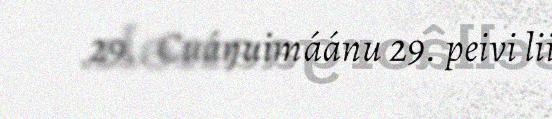
29.. Cuáŋuimáánu 29. peivi lii